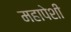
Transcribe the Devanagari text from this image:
महापेशी